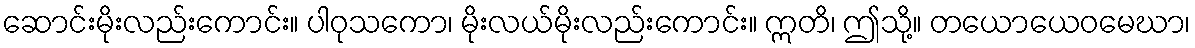
ဆောင်းမိုးလည်းကောင်း။ ပါဝုသကော၊ မိုးလယ်မိုးလည်းကောင်း။ ဣတိ၊ ဤသို့။ တယောယေဝမေဃာ၊